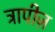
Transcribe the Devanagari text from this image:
ट्रापीज़